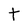
Character: t